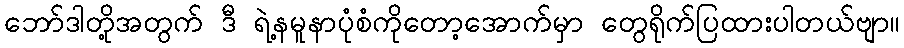
ဘော်ဒါတို့အတွက် ဒီ ရဲ့နမူနာပုံစံကိုတော့အောက်မှာ တွေရိုက်ပြထားပါတယ်ဗျာ။